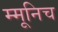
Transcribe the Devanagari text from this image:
म्मूनिच